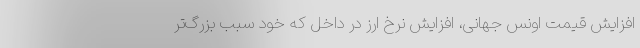
افزایش قیمت اونس جهانی، افزایش نرخ ارز در داخل که خود سبب بزرگ‌تر